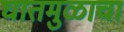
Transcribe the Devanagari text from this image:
घातमुळाचा